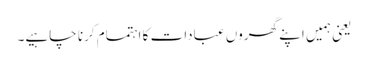
یعنی ہمیں اپنے گھروں عبادات کا اہتمام کرنا چاہیے۔